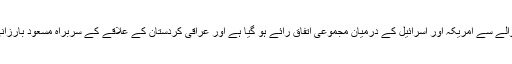
انہوں نے کہا کہ قرائن و شواہد سے پتہ چلتا ہے کہ کردستان کے حوالے سے امریکہ اور اسرائیل کے درمیان مجموعی اتفاق رائے ہو گیا ہے اور عراقی کردستان کے علاقے کے سربراہ مسعود بارزانی نے ریفرنڈم کا انعقاد کرا کر ناقابل معافی جرم کا ارتکاب کیا ہے۔